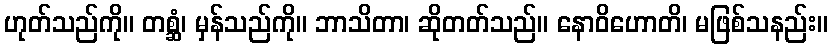
ဟုတ်သည်ကို။ တစ္ဆံ၊ မှန်သည်ကို။ ဘာသိတာ၊ ဆိုတတ်သည်။ နောဝိဟောတိ၊ မဖြစ်သနည်း။